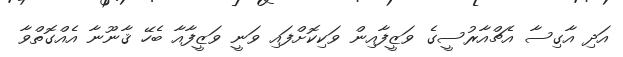
އަދި އާގިސާ އެޗްއާރުސީގެ ވަޒީފާއިން ވަކިކޮށްފައި ވަނީ ވަޒީފާއާ ބެހޭ ޤާނޫނާ އެއްގޮތްވާ